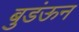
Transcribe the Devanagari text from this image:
बुडंऊन